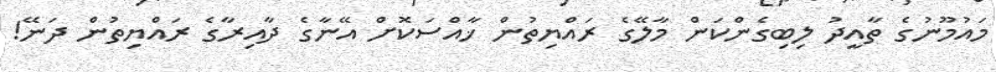
މައުމޫނުގެ ތާއީދު ލިބިގެންކަން މާލޭގެ ރައްޔިތުން ޚާއްސަކޮށް އޭނާގެ ދާއިރާގެ ރައްޔިތުން ދަނޭ!